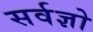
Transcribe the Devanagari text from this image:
सर्वज्ञो